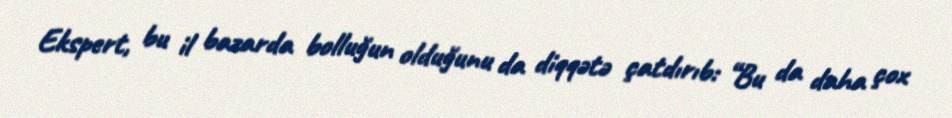
Ekspert, bu il bazarda bolluğun olduğunu da diqqətə çatdırıb: “Bu da daha çox